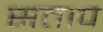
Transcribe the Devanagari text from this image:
सताप